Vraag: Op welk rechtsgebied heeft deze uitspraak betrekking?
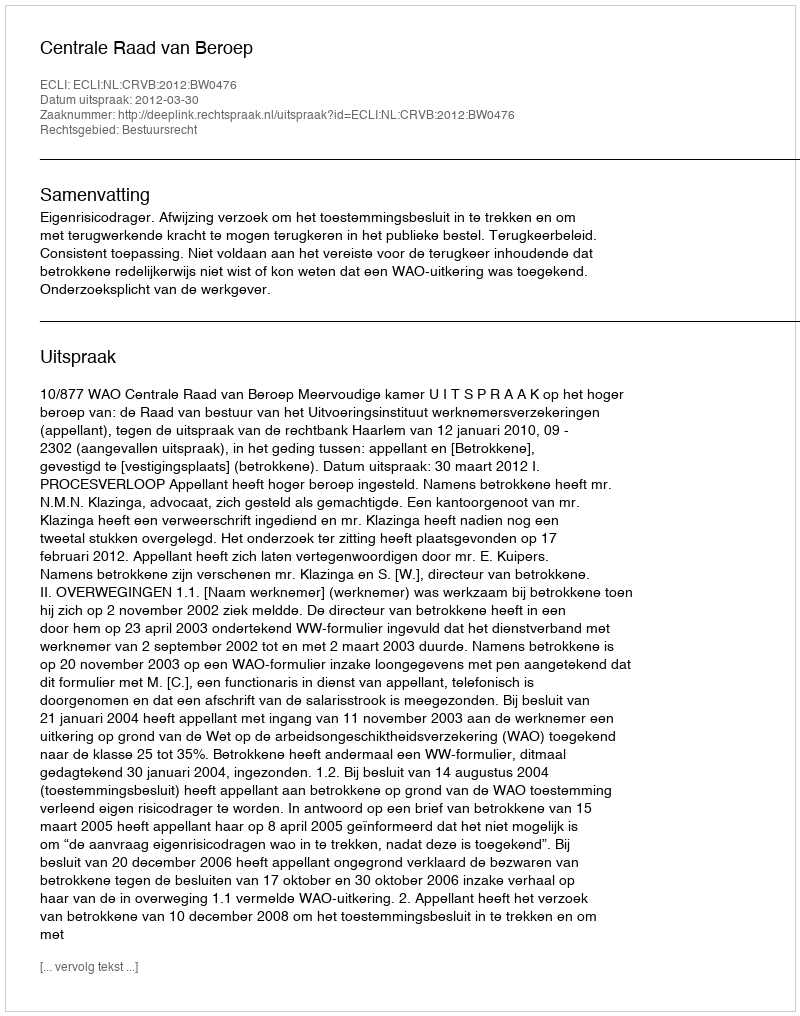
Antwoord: Bestuursrecht